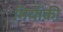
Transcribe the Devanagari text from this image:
मियाँकी